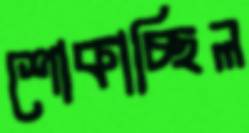
শোকাচ্ছিল